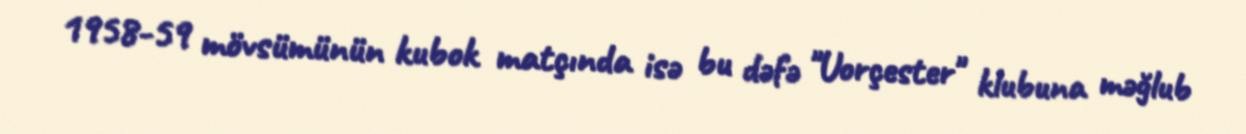
1958-59 mövsümünün kubok matçında isə bu dəfə "Uorçester" klubuna məğlub